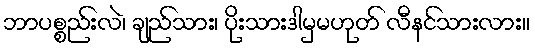
ဘာပစ္စည်းလဲ၊ ချည်သား၊ ပိုးသားဒါမှမဟုတ် လီနင်သားလား။